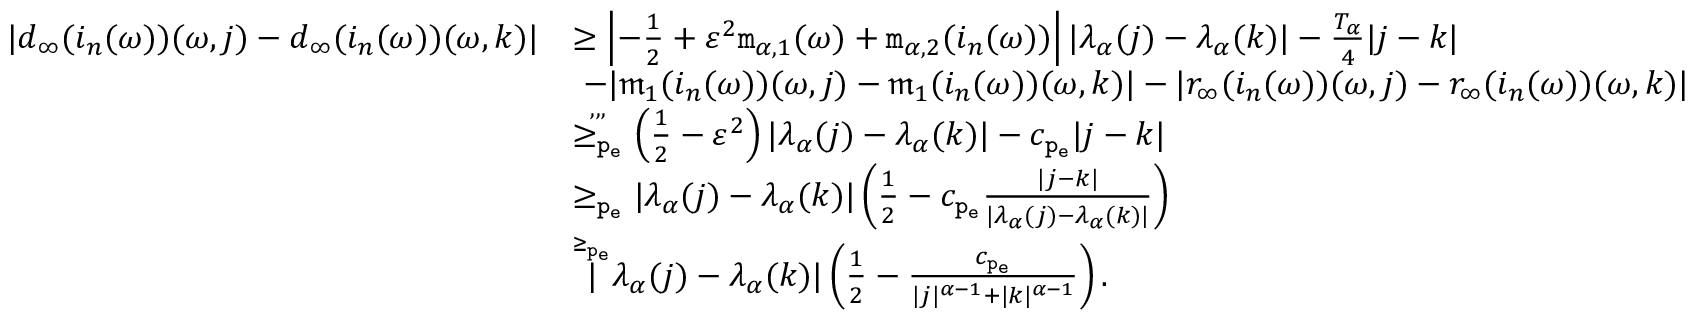
\begin{array} { r l } { | d _ { \infty } ( i _ { n } ( \omega ) ) ( \omega , j ) - d _ { \infty } ( i _ { n } ( \omega ) ) ( \omega , k ) | } & { \ge \left| - \frac { 1 } { 2 } + \varepsilon ^ { 2 } \mathtt { m } _ { \alpha , 1 } ( \omega ) + \mathtt { m } _ { \alpha , 2 } ( i _ { n } ( \omega ) ) \right| | \lambda _ { \alpha } ( j ) - \lambda _ { \alpha } ( k ) | - \frac { T _ { \alpha } } 4 | j - k | } \\ & { \ - | \mathfrak { m } _ { 1 } ( i _ { n } ( \omega ) ) ( \omega , j ) - \mathfrak { m } _ { 1 } ( i _ { n } ( \omega ) ) ( \omega , k ) | - | r _ { \infty } ( i _ { n } ( \omega ) ) ( \omega , j ) - r _ { \infty } ( i _ { n } ( \omega ) ) ( \omega , k ) | } \\ & { \overset { , , , } { \ge _ { \mathtt { p _ { e } } } } \left( \frac { 1 } { 2 } - \varepsilon ^ { 2 } \right) | \lambda _ { \alpha } ( j ) - \lambda _ { \alpha } ( k ) | - c _ { \mathtt { p _ { e } } } | j - k | } \\ & { \ge _ { \mathtt { p _ { e } } } | \lambda _ { \alpha } ( j ) - \lambda _ { \alpha } ( k ) | \left( \frac { 1 } { 2 } - c _ { \mathtt { p _ { e } } } \frac { | j - k | } { | \lambda _ { \alpha } ( j ) - \lambda _ { \alpha } ( k ) | } \right) } \\ & { \overset { \ge _ { \mathtt { p _ { e } } } } | \lambda _ { \alpha } ( j ) - \lambda _ { \alpha } ( k ) | \left( \frac { 1 } { 2 } - \frac { c _ { \mathtt { p _ { e } } } } { | j | ^ { \alpha - 1 } + | k | ^ { \alpha - 1 } } \right) . } \end{array}